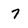
Character: 7